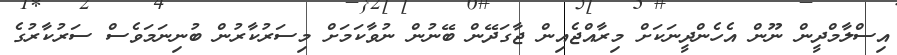
އިސްލާމްދީން ނޫން އެހެންދީނަކަށް މިރާއްޖެއިން ޖާގަދޭން ބޭނުން ނުވާކަމަށް މިސަރުކާރުން ބުނިނަމަވެސް ސަރުކާރުގެ